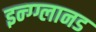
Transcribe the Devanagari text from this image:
इन्ग्ग्लानड